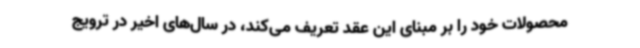
محصولات خود را بر مبنای این عقد تعریف می‌کند، در سال‌های اخیر در ترویج